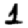
Digit: 1